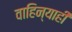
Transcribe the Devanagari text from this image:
वाहिन्याही